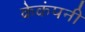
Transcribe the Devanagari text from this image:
केकंपनी